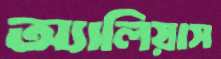
অ্যালিয়াস